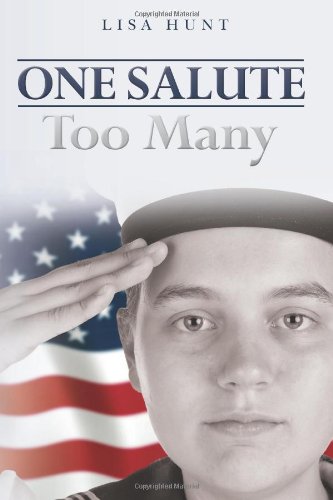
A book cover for One Salute Too Many; Lisa Hunt; Literature & Fiction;